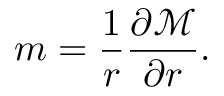
m = \frac { 1 } { r } \frac { \partial \mathcal { M } } { \partial r } .